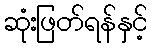
ဆုံးဖြတ်ရန်နှင့်